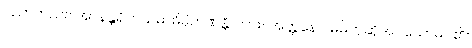
ပညာတည်း။ အာနန္တရိကသမာဓိမှိဉာဏန္တိ၊ ကား။ အတ္တနော၊ မိမိဟုဆိုအပ်သောမဂ်၏။